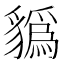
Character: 𧴑